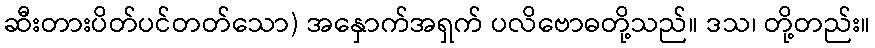
ဆီးတားပိတ်ပင်တတ်သော) အနှောက်အရှက် ပလိဗောဓတို့သည်။ ဒသ၊ တို့တည်း။